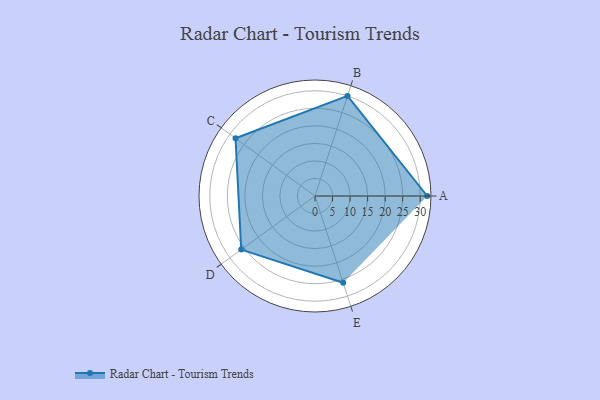
{"axis": {"x": "Skill", "y": "Score"}, "legend": ["Profile"], "data": [{"x": "A", "y": 32.0, "type": "Profile"}, {"x": "B", "y": 30.0, "type": "Profile"}, {"x": "C", "y": 28.0, "type": "Profile"}, {"x": "D", "y": 26.0, "type": "Profile"}, {"x": "E", "y": 26.0, "type": "Profile"}]}